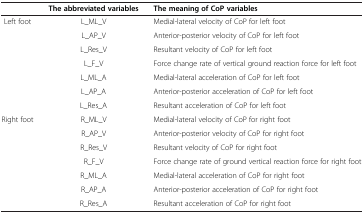
|  | The abbreviated variables | The meaning of CoP variables |
 | --- | --- | --- |
 | <ROWSPAN=7> Left foot | L_ML_V | Medial-lateral velocity of CoP for left foot |
 | L_AP_V | Anterior-posterior velocity of CoP for left foot |
 | L_Res_V | Resultant velocity of CoP for left foot |
 | L_F_V | Force change rate of vertical ground reaction force for left foot |
 | L_ML_A | Medial-lateral acceleration of CoP for left foot |
 | L_AP_A | Anterior-posterior acceleration of CoP for left foot |
 | L_Res_A | Resultant acceleration of CoP for left foot |
 | <ROWSPAN=6> Right foot | R_ML_V | Medial-lateral velocity of CoP for right foot |
 | R_AP_V | Anterior-posterior velocity of CoP for right foot |
 | R_Res_V | Resultant velocity of CoP for right foot |
 | R_F_V | Force change rate of ground vertical reaction force for right foot |
 | R_ML_A | Medial-lateral acceleration of CoP for right foot |
 | R_AP_A | Anterior-posterior acceleration of CoP for right foot |
 |  | R_Res_A | Resultant acceleration of CoP for right foot |